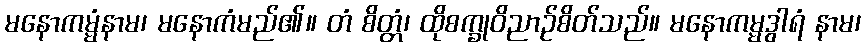
မနောကမ္မံနာမ၊ မနောကံမည်၏။ တံ စိတ္တံ၊ ထိုစက္ခုဝိညာဉ်စိတ်သည်။ မနောကမ္မဒွါရံ နာမ၊